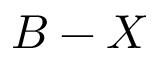
B - X